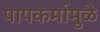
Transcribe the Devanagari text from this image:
पापकर्मामुळे